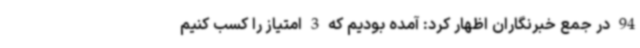
94 در جمع خبرنگاران اظهار کرد: آمده بودیم که 3 امتیاز را کسب کنیم